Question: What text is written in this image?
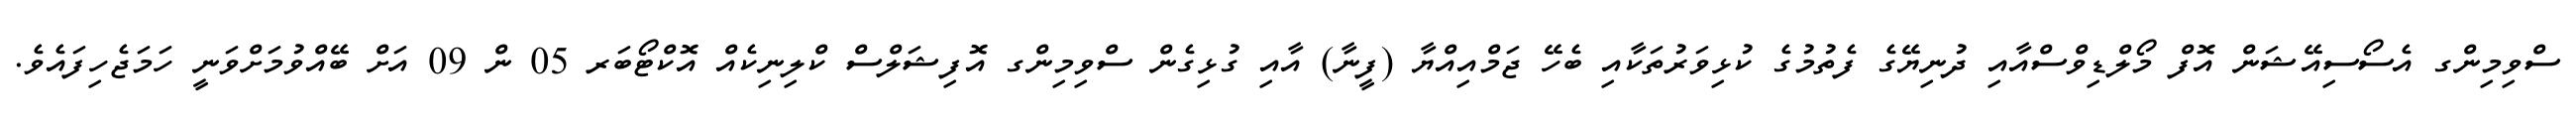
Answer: ސްވިމިންގ އެސޯސިއޭޝަން އޮފް މޯލްޑިވްސްއާއި ދުނިޔޭގެ ފެތުމުގެ ކުޅިވަރުތަކާއި ބެހޭ ޖަމްއިއްޔާ (ފީނާ) އާއި ގުޅިގެން ސްވިމިންގ އޮފިޝަލްސް ކްލިނިކެއް އޮކްޓޯބަރ 05 ން 09 އަށް ބޭއްވުމަށްވަނީ ހަމަޖެހިފައެވެ.